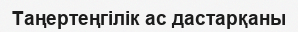
Таңертеңгілік ас дастарқаны